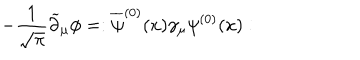
LaTeX: - { \frac { 1 } { \sqrt \pi } } \widetilde \partial _ { \mu } \phi = : \overline { { \psi } } ^ { ( 0 ) } ( x ) \gamma _ { \mu } \psi ^ { ( 0 ) } ( x ) :